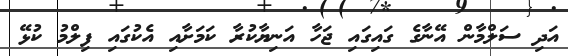
އަދި ސަލްމާން އޭނާގެ ގައިގައި ޖަހާ އަނިޔާކުރާ ކަމަށާއި އެކުގައި ފިލްމު ކުޅޭ